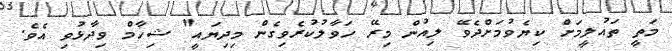
މަތީ ތައުލީމަށް ކިޔެވުމަށްދެވޭ ލިއުން މިރޭ ހަވާލުކުރެވިގެން މިދިޔައީ" ޝިހާމް ވިދާޅުވި އެވެ.